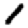
Digit: 1